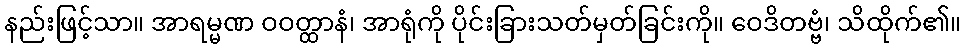
နည်းဖြင့်သာ။ အာရမ္မဏ ဝဝတ္ထာနံ၊ အာရုံကို ပိုင်းခြားသတ်မှတ်ခြင်းကို။ ဝေဒိတဗ္ဗံ၊ သိထိုက်၏။